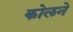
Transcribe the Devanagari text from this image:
कोलने